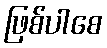
ဖြစ်ပါစေ